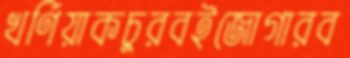
খর্ণিয়াকচুরবইজোগারব